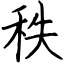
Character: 秩